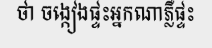
ថា ចង្កៀងផ្ទះអ្នកណាភ្លឺផ្ទះ